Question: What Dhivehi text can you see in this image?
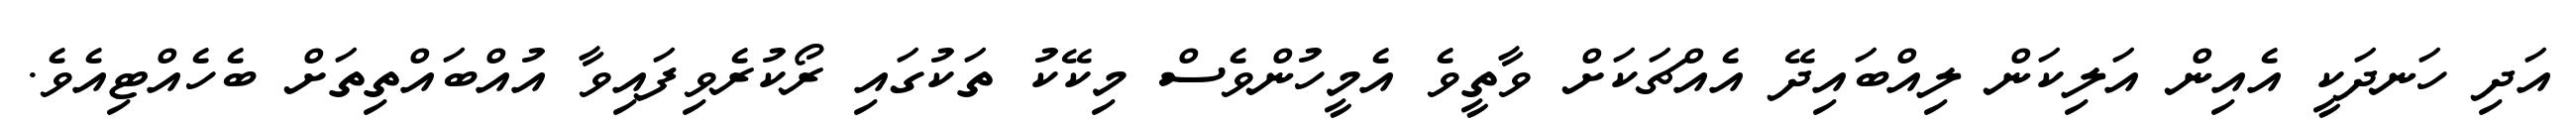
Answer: އަދި ހަނދަކީ އެއިން އަލިކަން ލިއްބައިދޭ އެއްޗަކަށް ވާތީވެ އެމީހުންވެސް މިކޭކު ތަކުގައި ރޯކުރެވިފައިވާ އުއްބައްތިތަށް ބެހެއްޓިއެވެ.